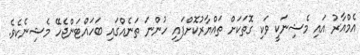
އެމްއާރު އައި މެޝިނަކީ ވަކި ގޮތަކަށް ތައްޔާރުކޮށްފައި ހުންނަ ތަނެއްގައި ބަހައްޓަންޖެހޭ މެޝިނެކެވެ.